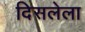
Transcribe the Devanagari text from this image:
दिसलेला